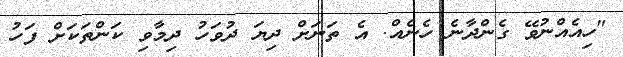
"ހިއެއްނުވޭ ގެންދާނެ ހެނެއް. އެ ތަނަށް ދިޔަ ދުވަހު ދިމާވި ކަންތަކަށް ފަހު